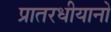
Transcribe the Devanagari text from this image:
प्रातरधीयानो